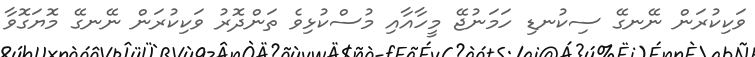
ވަކިކުރަން ނޭނގޭ ސިކުނޑި ހަމަނުޖޭ މީހާއާއި މުސްކުޅިވެ ތަންދޮރު ވަކިކުރަން ނޭނގޭ މޮޔަގޮވާ